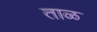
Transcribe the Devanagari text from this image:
ताळ